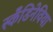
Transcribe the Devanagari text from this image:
स्कँडिनेविया